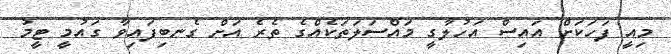
މިއީ ފަހަކަށް އައިސް އަހުލާގީ މައްސަލަތަކެއްގެ ތެރެ އަށް ގެނބިފައިވާ ގައުމީ ޓީމު